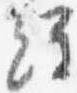
経